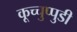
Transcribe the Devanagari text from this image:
कूच्चुप्पुडी